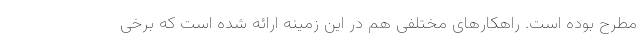
مطرح بوده است. راهکارهای مختلفی هم در این زمینه ارائه شده است که برخی